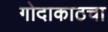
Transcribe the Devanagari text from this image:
गोदाकाठचा